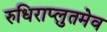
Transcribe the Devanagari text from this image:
रुधिराप्लुतमेव